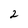
Character: 2